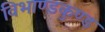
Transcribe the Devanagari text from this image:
विभाण्डकुण्ड